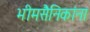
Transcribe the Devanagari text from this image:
भीमसैनिकांना